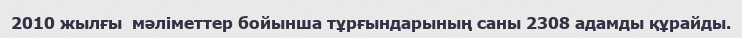
2010 жылғы  мәліметтер бойынша тұрғындарының саны 2308 адамды құрайды.